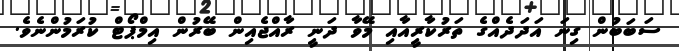
ސަބަބުން ގިނަ އަދަދެއްގެ ތަރުކާރީއާއި މޭވާ ދަނީ ރާއްޖެއިން ބޭރުން އިމްޕޯޓް ކުރަމުންނެވެ.